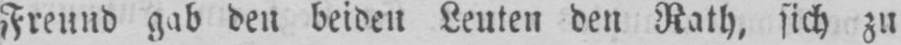
Freund gab den beiden Leuten den Rath, sich zu